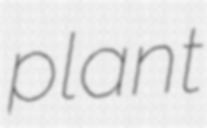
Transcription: plant